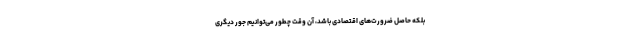
بلکه حاصل ضرورت‌های اقتصادی باشد، آن وقت چطور می‌توانیم جور دیگری